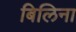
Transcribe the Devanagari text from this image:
बिलिना